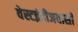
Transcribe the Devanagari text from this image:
वेस्टइंडीजवासी